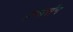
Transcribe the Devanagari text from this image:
इन्वार्सन